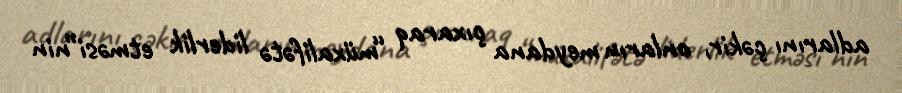
adlarını çəkir, onların meydana çıxaraq “müxalifətə liderlik etməsi”nin